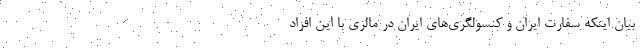
بیان اینکه سفارت ایران و کنسولگری‌های ایران در مالزی با این افراد